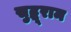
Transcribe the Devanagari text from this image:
सुद्धूराम